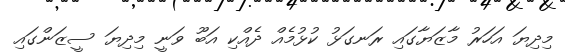
މިދިޔަ އަހަރު މާޒަޔާގައި ރަނގަޅު ކުޅުމެއް ދެއްކި އަބޫ ވަނީ މިދިޔަ ސީޒަންގައި